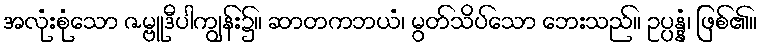
အလုံးစုံသော ဇမ္ဗူဒီပါကျွန်း၌။ ဆာတကဘယံ၊ မွတ်သိပ်သော ဘေးသည်။ ဥပ္ပန္နံ၊ ဖြစ်၏။